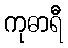
ကုဓာရီ